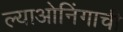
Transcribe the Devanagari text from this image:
ल्याओनिंगाची